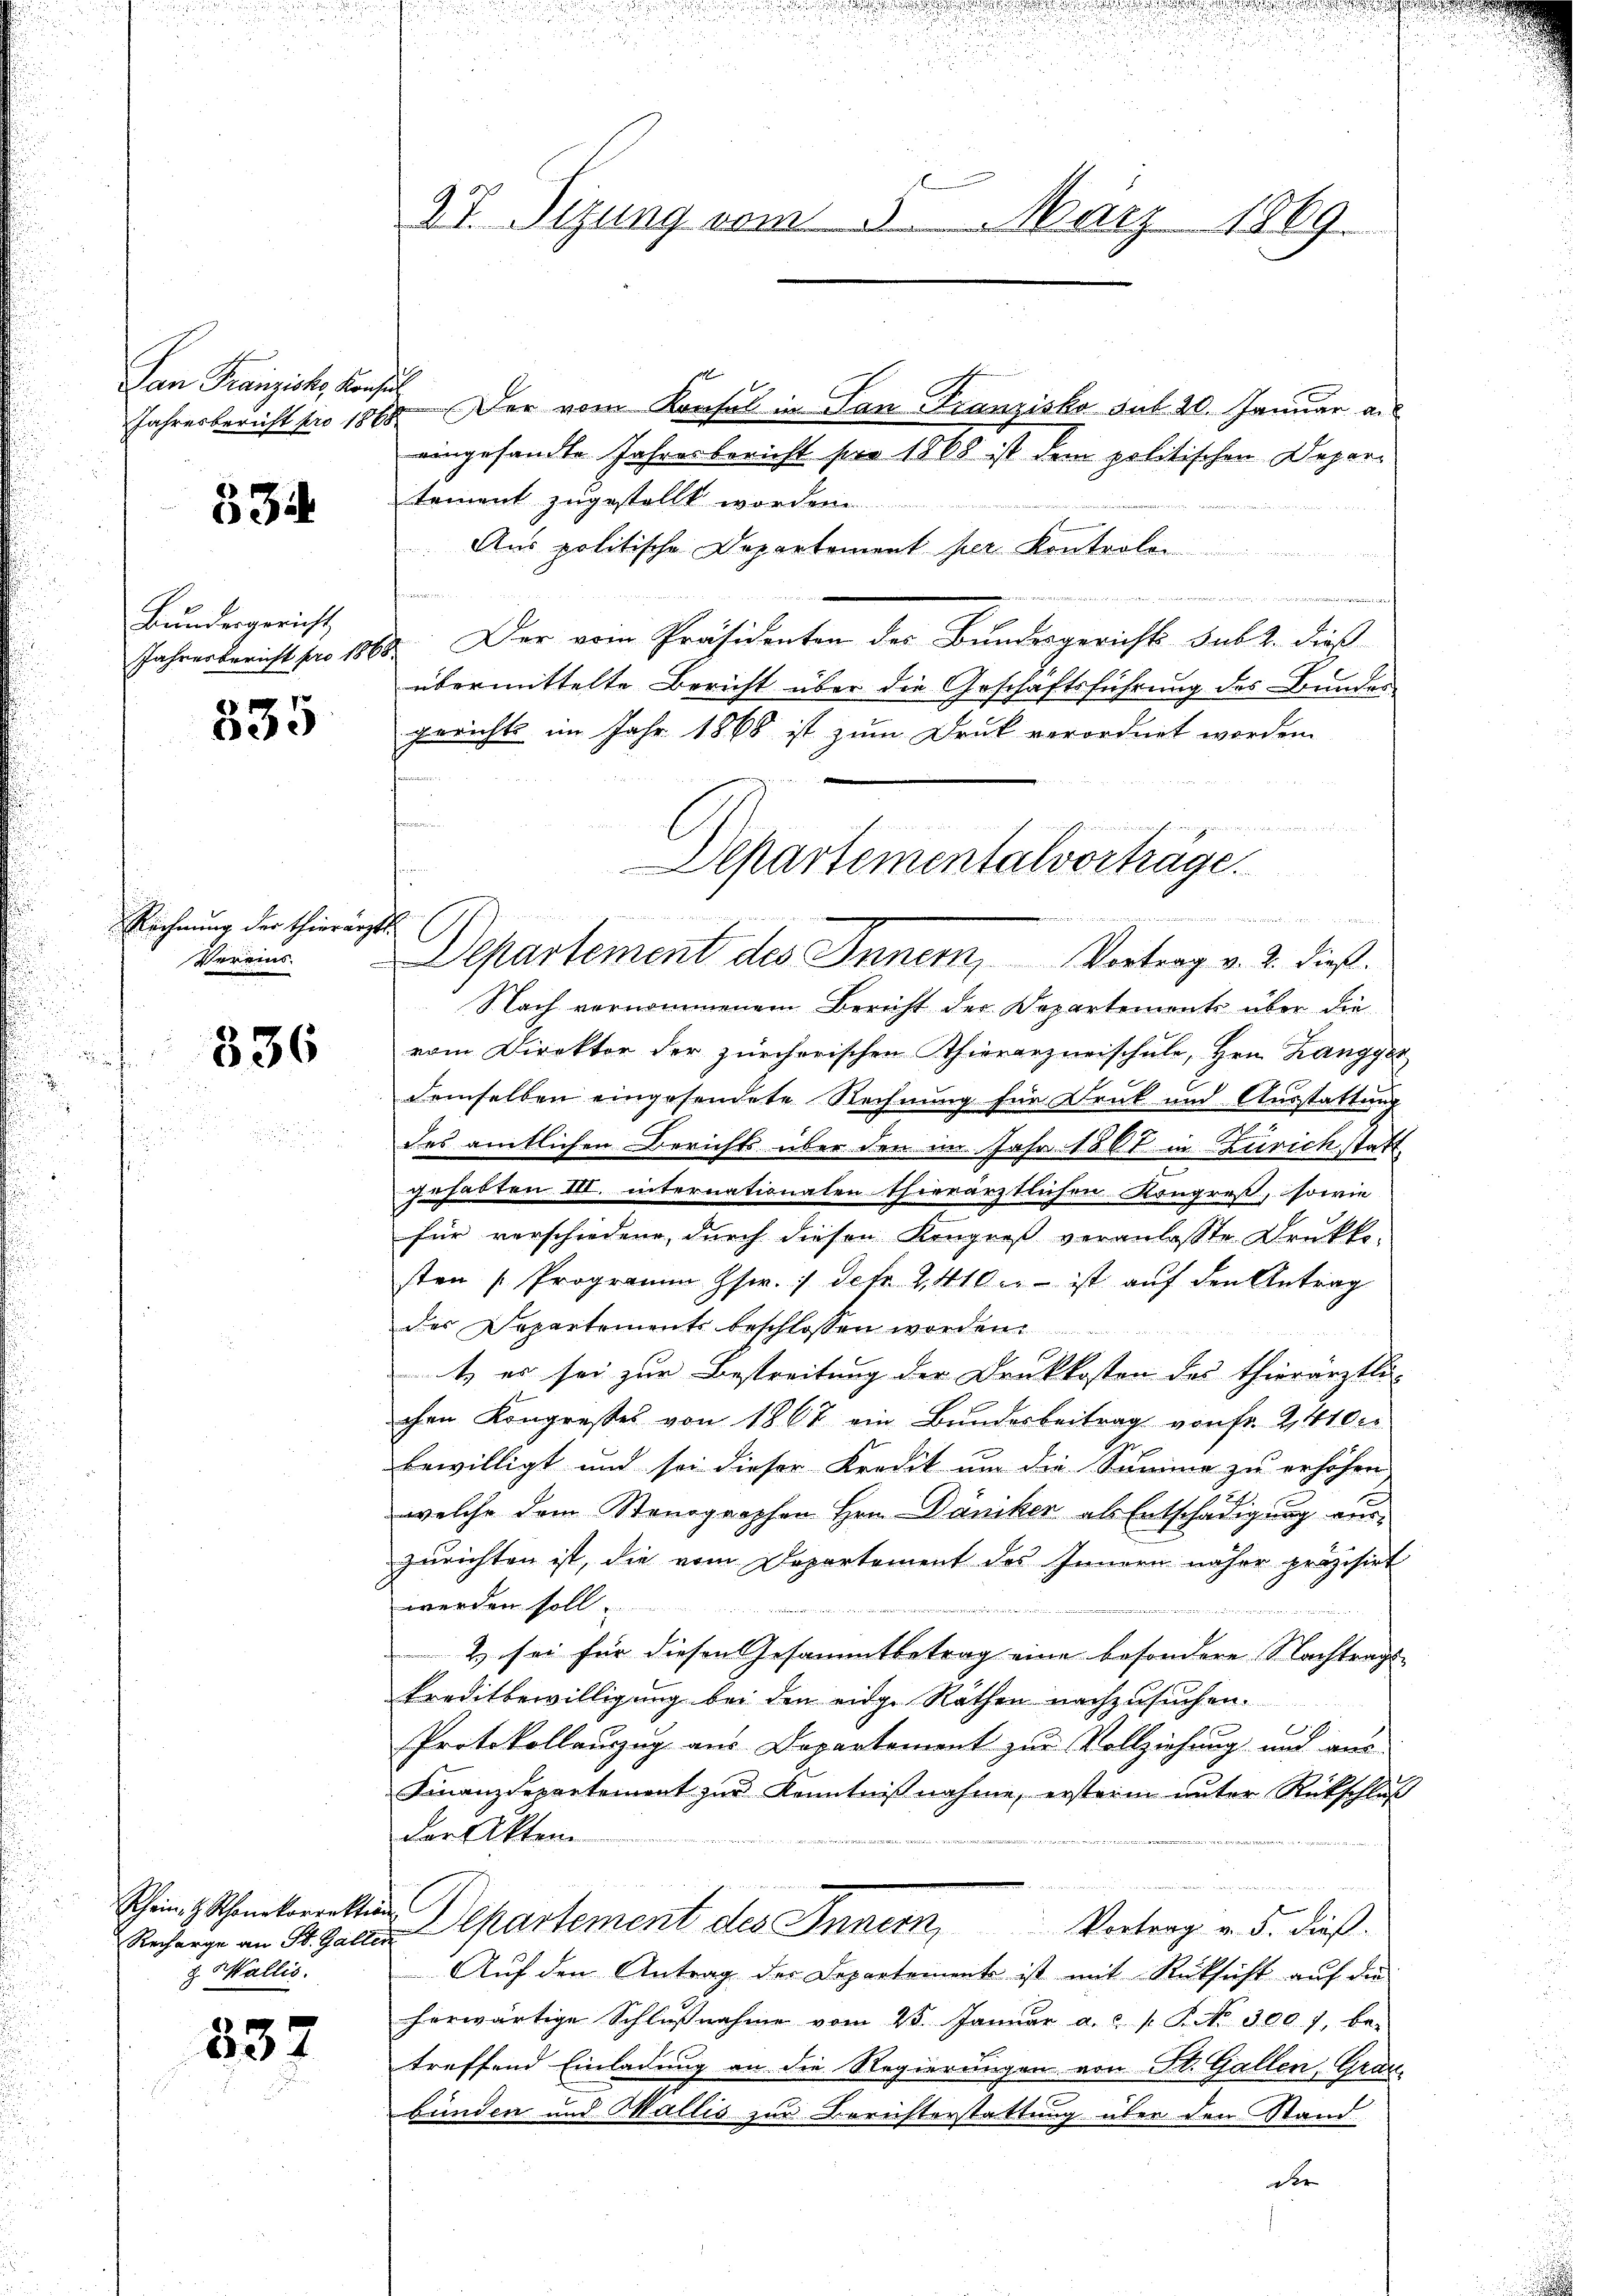
San Franziska Konsul

334

Bundesgericht
Jahresbericht pro 187

2
e

Rechnung der Thierärz
Vereins

336

Scheint Schonekorrektion
& Wallis.

332

27. Sizung vom 5. März 1869.

Jahresbericht pro 1888. Der vom Konsul in San Franzisko Sub 20. Januar a.
eingesandte Jahresbericht pro 1868 ist dem politischen Departement zugestellt worden.
Aus politische Departement per Kontroler

24. Der vom Präsidenten des Bundesgerichts sub 2. dies
übermittelte Bericht über die Geschäftsführung des Bunder
gerichts im Jahr 1868 ist zum Druk verordnet worden.
Nach vernommenem Bericht der Departements über die
vom Direktor der zürcherischen Thierarzneischule, Hrn. Langger
demselben eingesendete Rechnung für Druck und Ausstattung
u
des amtlichen Berichts über den im Jahr 1861 in Zürich statt
e
gehabten III. internationalen thierärztlichen Kongreß, sowie
für verschiedene, durch diesen Kongreß veranlasste Drukke-
sten Programm Gsw. / defr. 2410.- ist auf den Antrag
des Departements beschlossen worden.
t er sei zur Bestreitung der Druckkosten des Thierärztli
chen Kongresses von 1867 ein Bundesbeitrag von fr. 2,410
bewilligt und sei dieser Kredit um die Summe zu erhöhen
welche dem Stenographen Hrn. Däniker als Entschädigung auszurichten ist, die vom Departement des Innern näher präzisirt
werden soll.

2 sei für diesen Gesammtbetrag eine besondere Nachtrags-
kreditbewilligung bei den eidge Räthen nachzusuchen.
Protokollauszug aus Departement zur Vollziehung und aus
Finanzdepartement zur Kenntnißnahme, erstern unter Rückschluß
der Akten

Recharge an St. Galle partement des Innern, Vertrag v. 3. dieß.
Auf den Antrag der Departement ist mit Rücksicht auf die
herwärtige Schlŭβnahme vom 25. Januar a. s. S. No. 300. 7, be-
treffend Einladung an die Regierungen von St. Gallen, Grau-
bünden und Wallis zur Berichterstattung über den Stand
de

.
c
Departementalvorträge.

Departement des Inner, Vortrag v. 2. dieß.

u
e
u

n